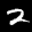
Label: 2